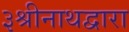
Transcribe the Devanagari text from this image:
३श्रीनाथद्वारा